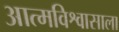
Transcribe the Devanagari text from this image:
आत्मविश्वासाला